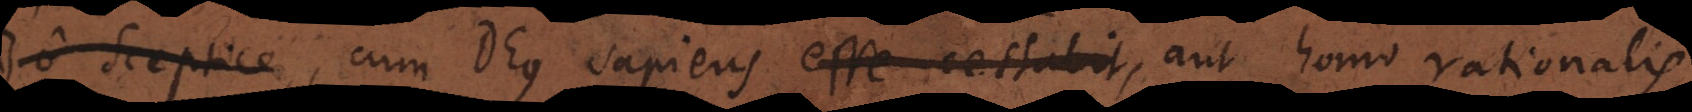
Sceptice, cum Deus sapiens esse cessabit, aut homo rationalis